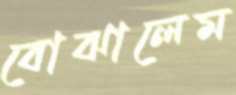
বোঝালেম